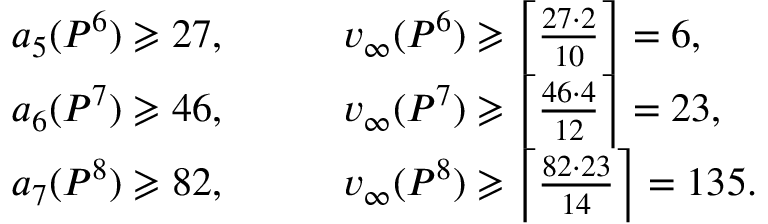
\begin{array} { r l } { a _ { 5 } ( P ^ { 6 } ) \geqslant 2 7 , \qquad } & { v _ { \infty } ( P ^ { 6 } ) \geqslant \left\lceil \frac { 2 7 \cdot 2 } { 1 0 } \right\rceil = 6 , } \\ { a _ { 6 } ( P ^ { 7 } ) \geqslant 4 6 , \qquad } & { v _ { \infty } ( P ^ { 7 } ) \geqslant \left\lceil \frac { 4 6 \cdot 4 } { 1 2 } \right\rceil = 2 3 , } \\ { a _ { 7 } ( P ^ { 8 } ) \geqslant 8 2 , \qquad } & { v _ { \infty } ( P ^ { 8 } ) \geqslant \left\lceil \frac { 8 2 \cdot 2 3 } { 1 4 } \right\rceil = 1 3 5 . } \end{array}